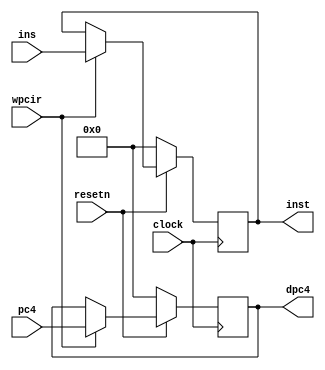
module pipeir (pc4,ins,wpcir,clock,resetn,dpc4,inst);

	input  				clock,resetn;
	input 	[31:0]		pc4, ins;
	input  				wpcir;

	output 	[31:0] 		dpc4, inst;


	wire				clock,resetn,wpcir;
	wire	[31:0]		pc4, ins;

	reg		[31:0]		dpc4,inst;


	always @ (posedge clock)
	begin
		if(~resetn)			// reset all signals
		begin
			inst <= 0;
			dpc4 <= 0;
		end

		else 
		begin
			if(wpcir)	// IF -> ID: latched in IF/ID REG
			begin
				inst <= ins;
				dpc4 <= pc4;
			end
		end

	end


endmodule